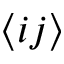
\langle i j \rangle